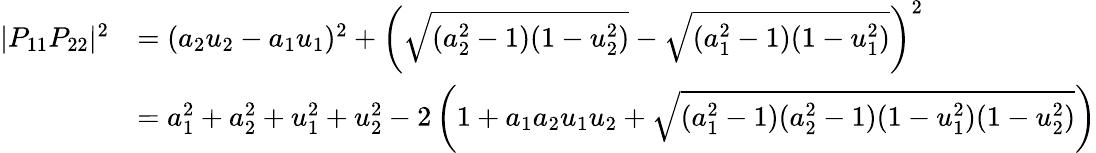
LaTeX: {\begin{array}{rl}{|P_{11}P_{22}|^{2}}&{=(a_{2}u_{2}-a_{1}u_{1})^{2}+\left({\sqrt{(a_{2}^{2}-1)(1-u_{2}^{2})}}-{\sqrt{(a_{1}^{2}-1)(1-u_{1}^{2})}}\right)^{2}}\\ &{=a_{1}^{2}+a_{2}^{2}+u_{1}^{2}+u_{2}^{2}-2\left(1+a_{1}a_{2}u_{1}u_{2}+{\sqrt{(a_{1}^{2}-1)(a_{2}^{2}-1)(1-u_{1}^{2})(1-u_{2}^{2})}}\right)}\end{array}}